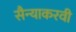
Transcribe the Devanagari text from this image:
सैन्याकरवी